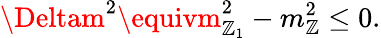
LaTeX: \Deltam^{2}\equivm_{\mathbb{Z}_{1}}^{2}-m_{\mathbb{Z}}^{2}\leq0.